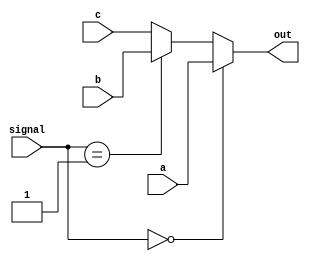
module mux_3(
    input [1: 0] signal,
    input [31: 0] a, b, c,

    output [31: 0] out
);

assign out = (signal == 2'b00) ? a :
             (signal == 2'b01) ? b : c;


endmodule